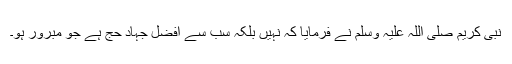
نبی کریم صلی اللہ علیہ وسلم نے فرمایا کہ نہیں بلکہ سب سے افضل جہاد حج ہے جو مبرور ہو۔